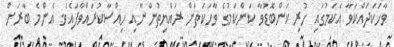
ވާހަކަދައްކަވާ އެކަމުގައި ހުރި ކަންބޮޑުވާ ކަންކަމުގެ ވާހަކަތަށް ރައްޔިތުންނާއި ހިއްސާކުރައްވާފައެވެ. އެންމެ ބާރަށް